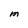
Character: M